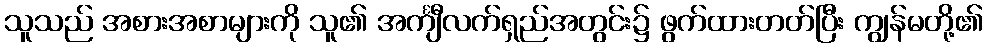
သူသည် အစားအစာများကို သူ၏ အင်္ကျီလက်ရှည်အတွင်း၌ ဖွက်ထားတတ်ပြီး ကျွန်မတို့၏